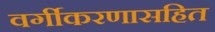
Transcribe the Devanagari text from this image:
वर्गीकरणासहित